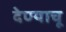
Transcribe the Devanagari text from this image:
देण्याचू